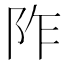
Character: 阼